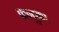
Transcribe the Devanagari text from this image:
कन्दुका